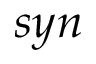
s y n